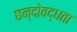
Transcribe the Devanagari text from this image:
छन्दोवद्धता